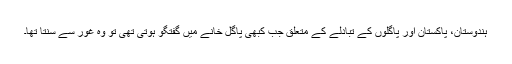
ہندوستان، پاکستان اور پاگلوں کے تبادلے کے متعلق جب کبھی پاگل خانے میں گفتگو ہوتی تھی تو وہ غور سے سنتا تھا۔